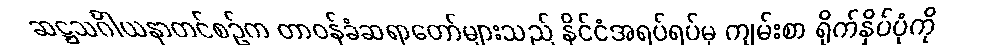
ဆဋ္ဌသင်္ဂါယနာတင်စဉ်က တာဝန်ခံဆရာတော်များသည် နိုင်ငံအရပ်ရပ်မှ ကျမ်းစာ ရိုက်နှိပ်ပုံကို